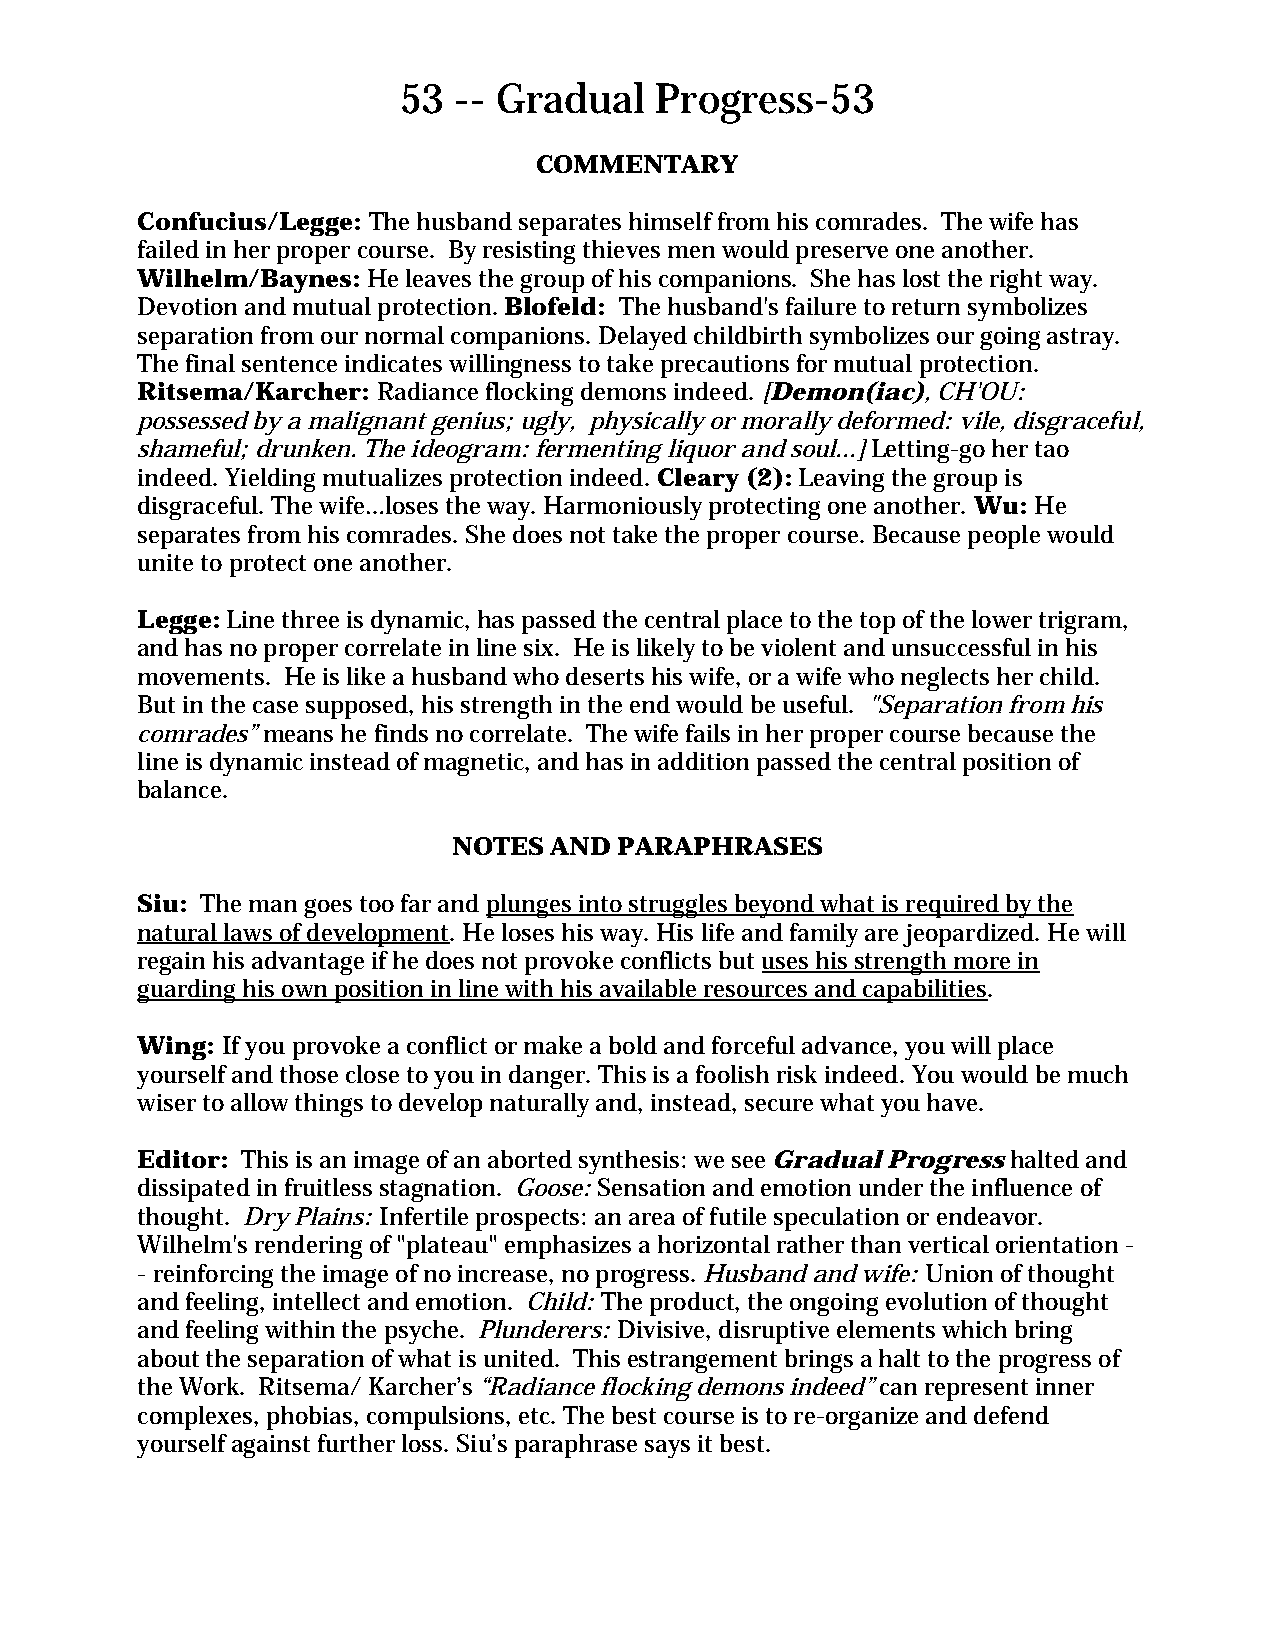
53  -- Gradual   Progress-53
 COMMENTARY
 Confucius/Legge: The husband separates himself from his comrades. The wife has
 failed in her proper course. By resisting thieves men would preserve one another.
 Wilhelm/Baynes: He leaves the group of his companions. She has lost the right way.
 Devotion and mutual protection. Blofeld: The husband's failure to return symbolizes
 separation from our normal companions. Delayed childbirth symbolizes our going astray.
 The final sentence indicates willingness to take precautions for mutual protection.
 Ritsema/Karcher: Radiance flocking demons indeed. [Demon(iac), CH'OU:
 possessed by a malignant genius; ugly, physically or morally deformed: vile, disgraceful,
 shameful; drunken. The ideogram: fermenting liquor and soul...] Letting-go her tao
 indeed. Yielding mutualizes protection indeed. Cleary (2): Leaving the group is
 disgraceful. The wife…loses the way. Harmoniously protecting one another. Wu: He
 separates from his comrades. She does not take the proper course. Because people would
 unite to protect one another.
 Legge: Line three is dynamic, has passed the central place to the top of the lower trigram,
 and has no proper correlate in line six. He is likely to be violent and unsuccessful in his
 movements. He is like a husband who deserts his wife, or a wife who neglects her child.
 But in the case supposed, his strength in the end would be useful. "Separation from his
 comrades” means he finds no correlate. The wife fails in her proper course because the
 line is dynamic instead of magnetic, and has in addition passed the central position of
 balance.
 NOTES AND  PARAPHRASES
 Siu: The man goes too far and plunges into struggles beyond what is required by the
 natural laws of development. He loses his way. His life and family are jeopardized. He will
 regain his advantage if he does not provoke conflicts but uses his strength more in
 guarding his own position in line with his available resources and capabilities.
 Wing: If you provoke a conflict or make a bold and forceful advance, you will place
 yourself and those close to you in danger. This is a foolish risk indeed. You would be much
 wiser to allow things to develop naturally and, instead, secure what you have.
 Editor: This is an image of an aborted synthesis: we see Gradual Progress halted and
 dissipated in fruitless stagnation. Goose: Sensation and emotion under the influence of
 thought. Dry Plains: Infertile prospects: an area of futile speculation or endeavor.
 Wilhelm's rendering of "plateau" emphasizes a horizontal rather than vertical orientation -
 - reinforcing the image of no increase, no progress. Husband and wife: Union of thought
 and feeling, intellect and emotion. Child: The product, the ongoing evolution of thought
 and feeling within the psyche. Plunderers: Divisive, disruptive elements which bring
 about the separation of what is united. This estrangement brings a halt to the progress of
 the Work. Ritsema/ Karcher’s “Radiance flocking demons indeed” can represent inner
 complexes, phobias, compulsions, etc. The best course is to re-organize and defend
 yourself against further loss. Siu’s paraphrase says it best.